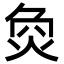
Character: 烉